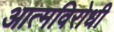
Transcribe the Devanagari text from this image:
आत्मविरोधी